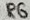
Text: R6